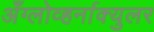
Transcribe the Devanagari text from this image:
अँग्लोव्हर्नाक्युलर